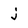
Character: j